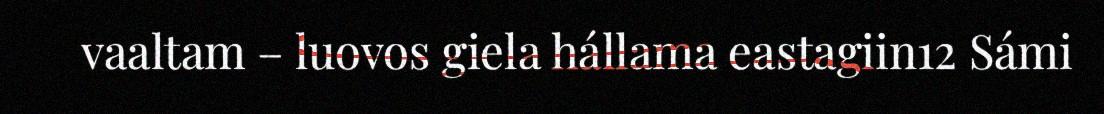
vaaltam – luovos giela hállama eastagiin12 Sámi